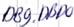
Text: DB9.DBD0